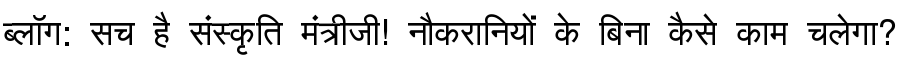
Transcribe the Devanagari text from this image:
ब्लॉग: सच है संस्कृति मंत्रीजी! नौकरानियों के बिना कैसे काम चलेगा?